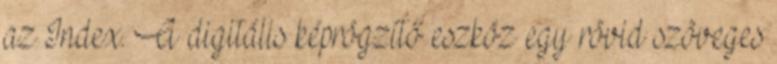
az Index. A digitális képrögzítő eszköz egy rövid szöveges